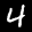
Label: 4